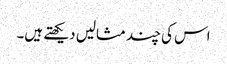
اس کی چند مثالیں دیکھتے ہیں۔